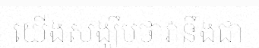
យើងសង្ឃឹមថាវានឹងជា